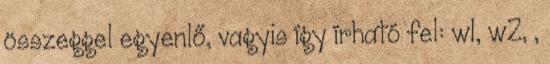
összeggel egyenlő, vagyis így írható fel: w1, w2, ,